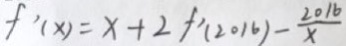
f ^ { \prime } ( x ) = x + 2 f ^ { \prime } ( 2 0 1 6 ) - \frac { 2 0 1 6 } { x }